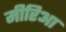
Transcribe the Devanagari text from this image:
मीरिआ